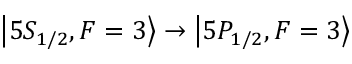
\ensuremath { \left\vert 5 S _ { 1 / 2 } , F = 3 \right\rangle } \rightarrow \ensuremath { \left\vert 5 P _ { 1 / 2 } , F = 3 \right\rangle }